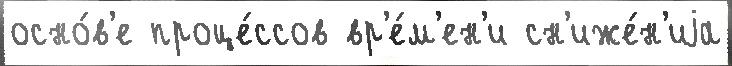
осно́в'е проце́ссов вр'е́м'ен'и сн'иже́н'иjа